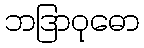
ဘဒြာဝုဓော